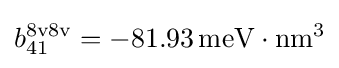
b_{41}^{8{\text{v}}8{\text{v}}}=-81.93\,{\text{meV}}\cdot {\text{nm}}^{3}